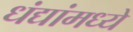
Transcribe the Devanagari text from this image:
धंद्यांमध्ये